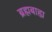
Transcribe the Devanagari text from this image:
ब्रह्मबाह्य